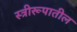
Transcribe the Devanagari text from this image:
स्त्रीरूपातील